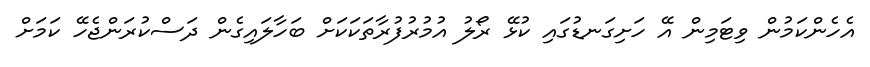
އެހެންކަމުން ވިޓަމިން އޭ ހަށިގަނޑުގައި ކުޅޭ ރޯލު އުމުރުފުރާތަކަކަށް ބަހާލައިގެން ދަސްކުރަންޖެހޭ ކަމަށް